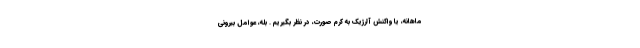
ماهانه، یا واکنش آلرژیک به کرم صورت، در نظر بگیریم . بله، عوامل بیرونی